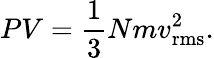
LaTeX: PV={\frac{1}{3}}Nmv_{\mathrm{rms}}^{2}.